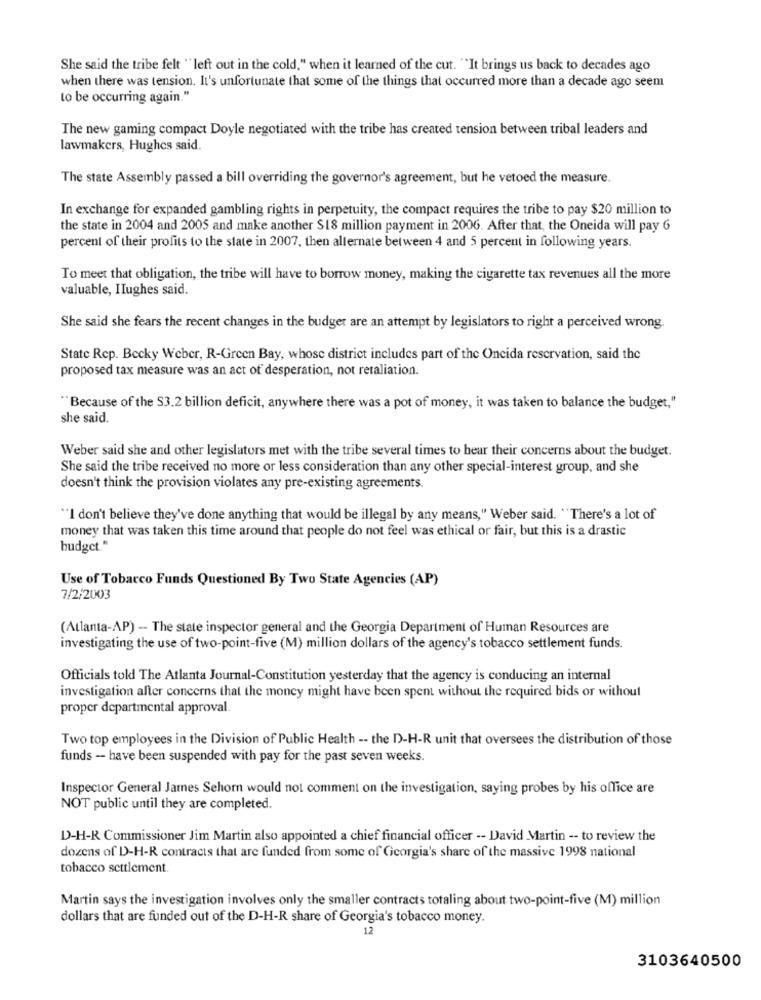
She said the tribe felt "left out in the cold," when it learned of the cut. "It brings us back to decades ago
when there was tension. It's unfortunate that some of the things that occurred more than a decade ago seem
to be occurring again."
The new gaming compact Doyle negotiated with the tribe has created tension between tribal leaders and
lawmakers, Hughes said.
The state Assembly passed a bill overriding the governor's agreement, but he vetoed the measure.
In exchange for expanded gambling rights in perpetuity, the compact requires the tribe to pay $20 million to
the state in 2004 and 2005 and make another $18 million payment in 2006. After that, the Oneida will pay 6
percent of their profits to the state in 2007, then alternate between 4 and 5 percent in following years.
To meet that obligation, the tribe will have to borrow money, making the cigarette tax revenues all the more
valuable, IIughes said.
She said she fears the recent changes in the budger are an attempt by legislators to right a perceived wrong.
State Rep. Becky Weber, R-Green Bay, whose district includes part of the Oncida reservation, said the
proposed tax measure was an act of desperation, not retaliation.
"Because of the S3.2 billion deficit, anywhere there was a pot of money, it was taken to balance the budget,"
she said.
Weber said she and other legislators met with the tribe several times to hear their concerns about the budget.
She said the tribe received no more or less consideration than any other special-interest group, and she
doesn't think the provision violates any pre-existing agreements.
"I don't believe they've done anything that would be illegal by any means," Weber said. "There's a lot of
money that was taken this time around that people do not feel was ethical or fair, but this is a drastic
budget."
Use of Tobacco Funds Questioned By Two State Agencies (AP)
7/2/2003
(Atlanta-AP) - The state inspector general and the Georgia Department of Human Resources are
investigating the use of two-point-five (M) million dollars of the agency's tobacco settlement funds.
Officials told The Atlanta Journal-Constitution yesterday that the agency is conducing an internal
investigation aller concerns that the money might have been spent without the required bids or without
proper departmental approval.
Two top employees in the Division of Public Health -- the D-H-R unit that oversees the distribution of those
funds - have been suspended with pay for the past seven weeks.
Inspector General James Sehorn would not comment on the investigation, saying probes by his office are
NOT public until they are completed.
D-H-R Commissioner Jim Martin also appointed a chief financial officer -- David Martin -- to review the
dozens of D-H-R contracts that are funded from some of Georgia's share of the massive 1998 national
tobacco settlement.
Martin says the investigation involves only the smaller contracts totaling about two-point-five (M) million
dollars that are funded out of the D-H-R share of Georgia's tobacco money.
12
3103640500